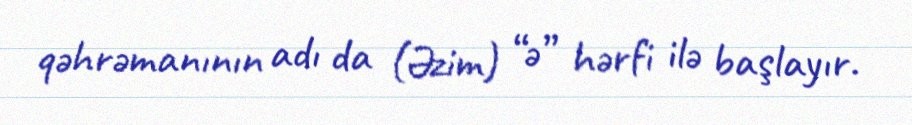
qəhrəmanının adı da (Əzim) “ə” hərfi ilə başlayır.